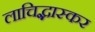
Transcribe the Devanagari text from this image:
लाचिद्भास्कर